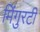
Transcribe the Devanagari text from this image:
मिंगुरटी